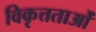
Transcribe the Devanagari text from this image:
विकृत्तताओं